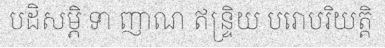
បដិសម្ភិ ទា ញាណ ឥន្ទ្រិយ បរោបរិយត្តិ